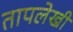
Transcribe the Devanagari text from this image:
तापलेखी